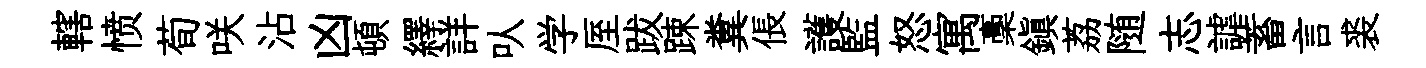
轄愤荀咲沾凶頓繹詳㕥学厔跋踈糞倀護監怒寓稾鎮荔随志謔蓄言裘